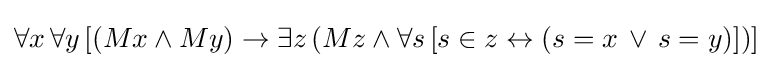
\forall x\,\forall y\,[(Mx\land My)\rightarrow \exists z\,(Mz\land \forall s\,[s\in z\leftrightarrow (s=x\,\lor \,s=y)])]